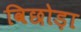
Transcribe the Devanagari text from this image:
विछोड़ा